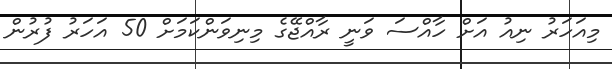
މިއަހަރު ނިއު އަށް ހާއްސަ ވަނީ ރާއްޖޭގެ މިނިވަންކަމަށް 50 އަހަރު ފުރުން